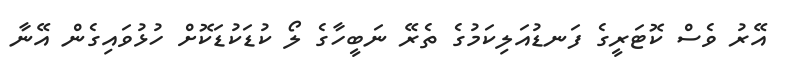
އޭރު ވެސް ކޮޓަރީގެ ފަނޑުއަލިކަމުގެ ތެރޭ ނަބީހާގެ ލޯ ކުޑަކުޑަކޮށް ހުޅުވައިގެން އޭނާ